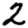
Digit: 2